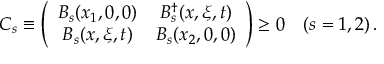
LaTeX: C _ { s } \equiv \left( \begin{array} { c c } { { B _ { s } ( x _ { 1 } , 0 , 0 ) } } & { { B _ { s } ^ { \dagger } ( x , \xi , t ) } } \\ { { B _ { s } ( x , \xi , t ) } } & { { B _ { s } ( x _ { 2 } , 0 , 0 ) } } \end{array} \right) \geq 0 \quad ( s = 1 , 2 ) \, .